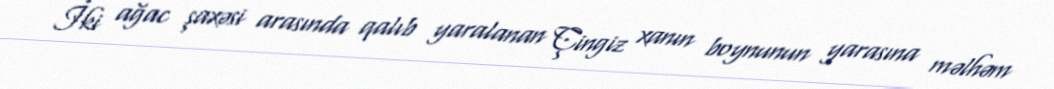
İki ağac şaxəsi arasında qalıb yaralanan Çingiz xanın boynunun yarasına məlhəm